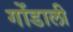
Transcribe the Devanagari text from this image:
गोंडाली